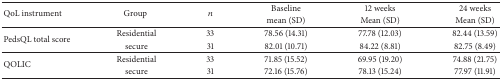
<table><thead><tr><td rowspan="2"><b>QoL instrument</b></td><td rowspan="2"><b>Group </b></td><td rowspan="2"><b><i>n</i></b></td><td><b>Baseline </b></td><td><b>12 weeks</b></td><td><b>24 weeks</b></td></tr><tr><td><b>mean (SD)</b></td><td><b>Mean (SD)</b></td><td><b>Mean (SD)</b></td></tr></thead><tbody><tr><td rowspan="2">PedsQL total score</td><td>Residential </td><td>33</td><td>78.56 (14.31)</td><td>77.78 (12.03)</td><td>82.44 (13.59)</td></tr><tr><td>secure </td><td>31</td><td>82.01 (10.71)</td><td>84.22 (8.81)</td><td>82.75 (8.49)</td></tr><tr><td rowspan="2">QOLIC</td><td>Residential </td><td>33</td><td> 71.85 (15.52)</td><td>69.95 (19.20)</td><td>74.88 (21.75)</td></tr><tr><td>secure </td><td>31</td><td>72.16 (15.76)</td><td>78.13 (15.24)</td><td>77.97 (11.91)</td></tr></tbody></table>